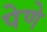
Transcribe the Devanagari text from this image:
पेणे